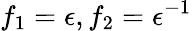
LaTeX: f_{1}=\epsilon,f_{2}=\epsilon^{-1}